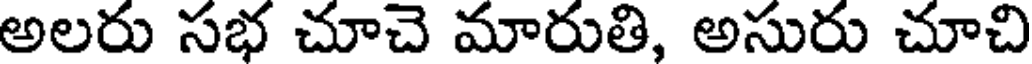
అలరు సభ చూచె మారుతి, అసురు చూచి